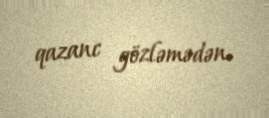
qazanc gözləmədən.